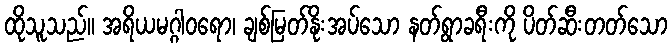
ထိုသူသည်။ အရိယမဂ္ဂါဝရော၊ ချစ်မြတ်နိုးအပ်သော နတ်ရွာခရီးကို ပိတ်ဆီးတတ်သော